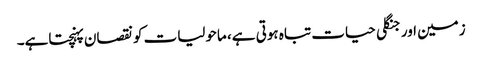
زمین اور جنگلی حیات تباہ ہوتی ہے، ماحولیات کو نقصان پہنچتاہے۔